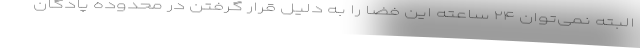
البته نمی‌توان ۲۴ ساعته این فضا را به دلیل قرار گرفتن در محدوده پادگان